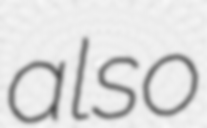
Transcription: also